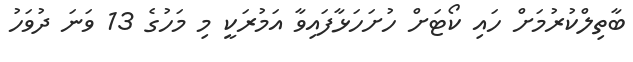
ބާތިލްކުރުމަށް ހައި ކޯޓަށް ހުށަހަޅާފައިވާ އަމުރަކީ މި މަހުގެ 13 ވަނަ ދުވަހު